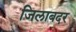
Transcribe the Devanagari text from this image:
जिलाबदर